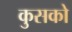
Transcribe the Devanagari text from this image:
कुसको